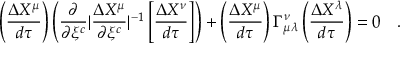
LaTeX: \left( { \frac { \Delta X ^ { \mu } } { d \tau } } \right) \left( { \frac { \partial } { \partial \xi ^ { c } } } | { \frac { \Delta X ^ { \mu } } { \partial \xi ^ { c } } } | ^ { - 1 } \left[ { \frac { \Delta X ^ { \nu } } { d \tau } } \right] \right) + \left( { \frac { \Delta X ^ { \mu } } { d \tau } } \right) \Gamma _ { \mu \lambda } ^ { \nu } \left( { \frac { \Delta X ^ { \lambda } } { d \tau } } \right) = 0 \quad .